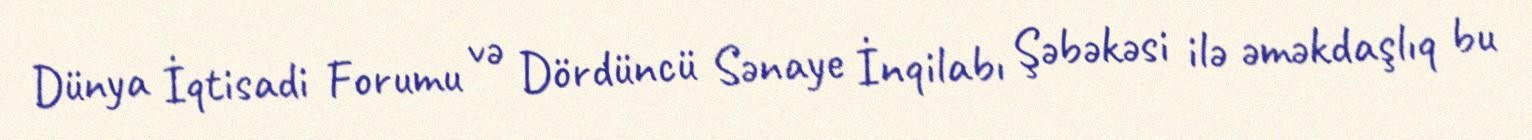
Dünya İqtisadi Forumu və Dördüncü Sənaye İnqilabı Şəbəkəsi ilə əməkdaşlıq bu